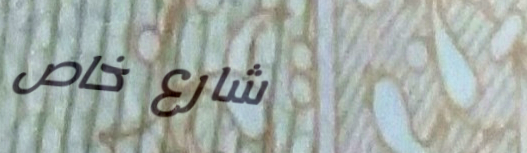
شارع خاص